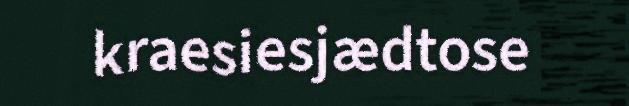
kraesiesjædtose